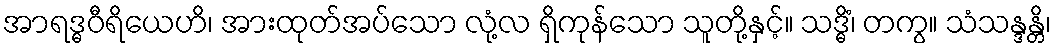
အာရဒ္ဓဝီရိယေဟိ၊ အားထုတ်အပ်သော လုံ့လ ရှိကုန်သော သူတို့နှင့်။ သဒ္ဓိံ၊ တကွ။ သံသန္ဒန္တိ၊